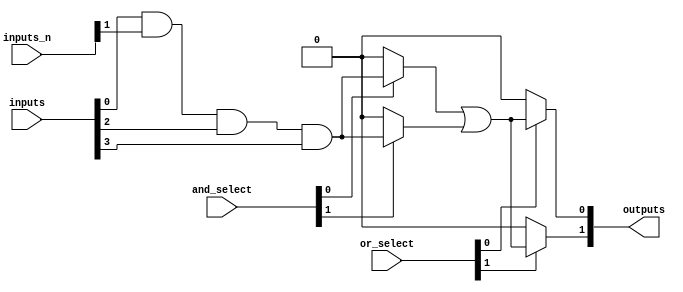
module PLA (
    input  wire [N-1:0]  inputs,       // N primary inputs
    input  wire [N-1:0]  inputs_n,     // N complements of primary inputs
    input  wire [M-1:0]  and_select,    // M bits to select which AND gates to use
    input  wire [P-1:0]  or_select,     // P bits to select which OR gates to use
    output wire [Q-1:0]  outputs        // Q outputs
);

parameter N = 4; // Number of inputs
parameter M = 4; // Number of AND gates
parameter P = 2; // Number of OR gates
parameter Q = 2; // Number of outputs

// AND array
wire [M-1:0] and_out; // Outputs from each AND gate

generate 
    genvar i, j;

    // Instantiate AND gates
    for (i = 0; i < M; i = i + 1) begin : and_gate
        assign and_out[i] = (and_select[i] ? (inputs[0] & inputs_n[1] & inputs[2] & inputs[3]) : 1'b0);
        // Here you can customize the logic for each AND gate based on and_select[i]
        // For example:
        // assign and_out[i] = (and_select[i] ? (inputs[0] & ~inputs[1]) : 1'b0);
    end

    // OR array
    wire [P-1:0] or_out; // Outputs from each OR gate

    for (j = 0; j < P; j = j + 1) begin : or_gate
        assign or_out[j] = (or_select[j] ? (and_out[0] | and_out[1]) : 1'b0);
        // Here you can customize the logic for each OR gate based on or_select[j]
        // For example:
        // assign or_out[j] = (or_select[j] ? (and_out[0] | and_out[2]) : 1'b0);
    end

    // Final outputs
    assign outputs = or_out;

endgenerate

endmodule